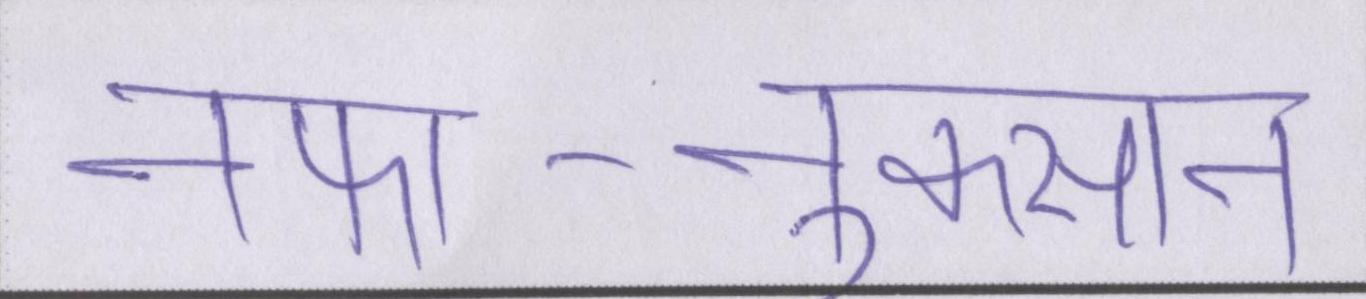
नफा-नुकसान